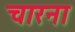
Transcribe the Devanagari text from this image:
चारना